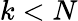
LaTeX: k<N